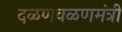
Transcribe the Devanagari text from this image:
दळणवळणमंत्री